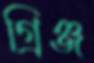
গ্রিঞ্জ